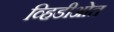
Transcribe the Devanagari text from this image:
व्हिडीओत